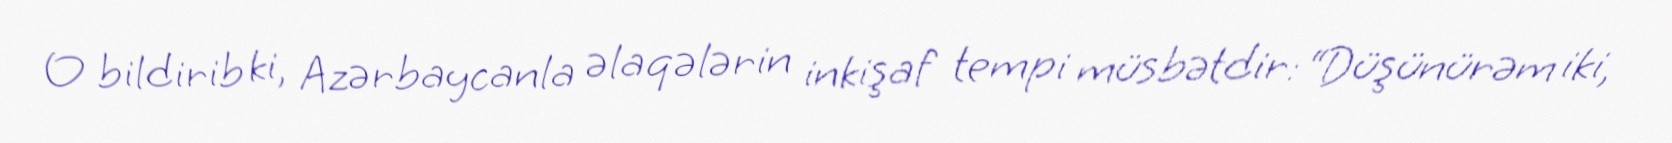
O bildirib ki, Azərbaycanla əlaqələrin inkişaf tempi müsbətdir: “Düşünürəm iki,